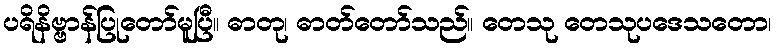
ပရိနိဗ္ဗာန်ပြုတော်မူပြီ။ ဓာတု၊ ဓာတ်တော်သည်။ တေသု တေသုပဒေသတော၊